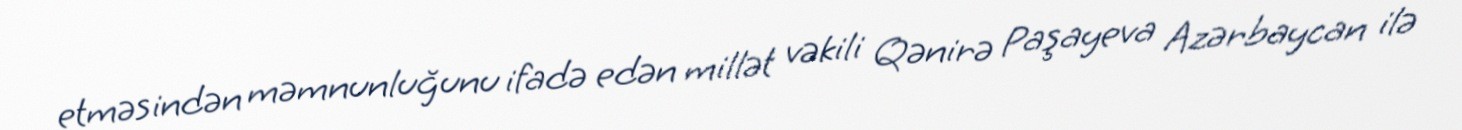
etməsindən məmnunluğunu ifadə edən millət vəkili Qənirə Paşayeva Azərbaycan ilə